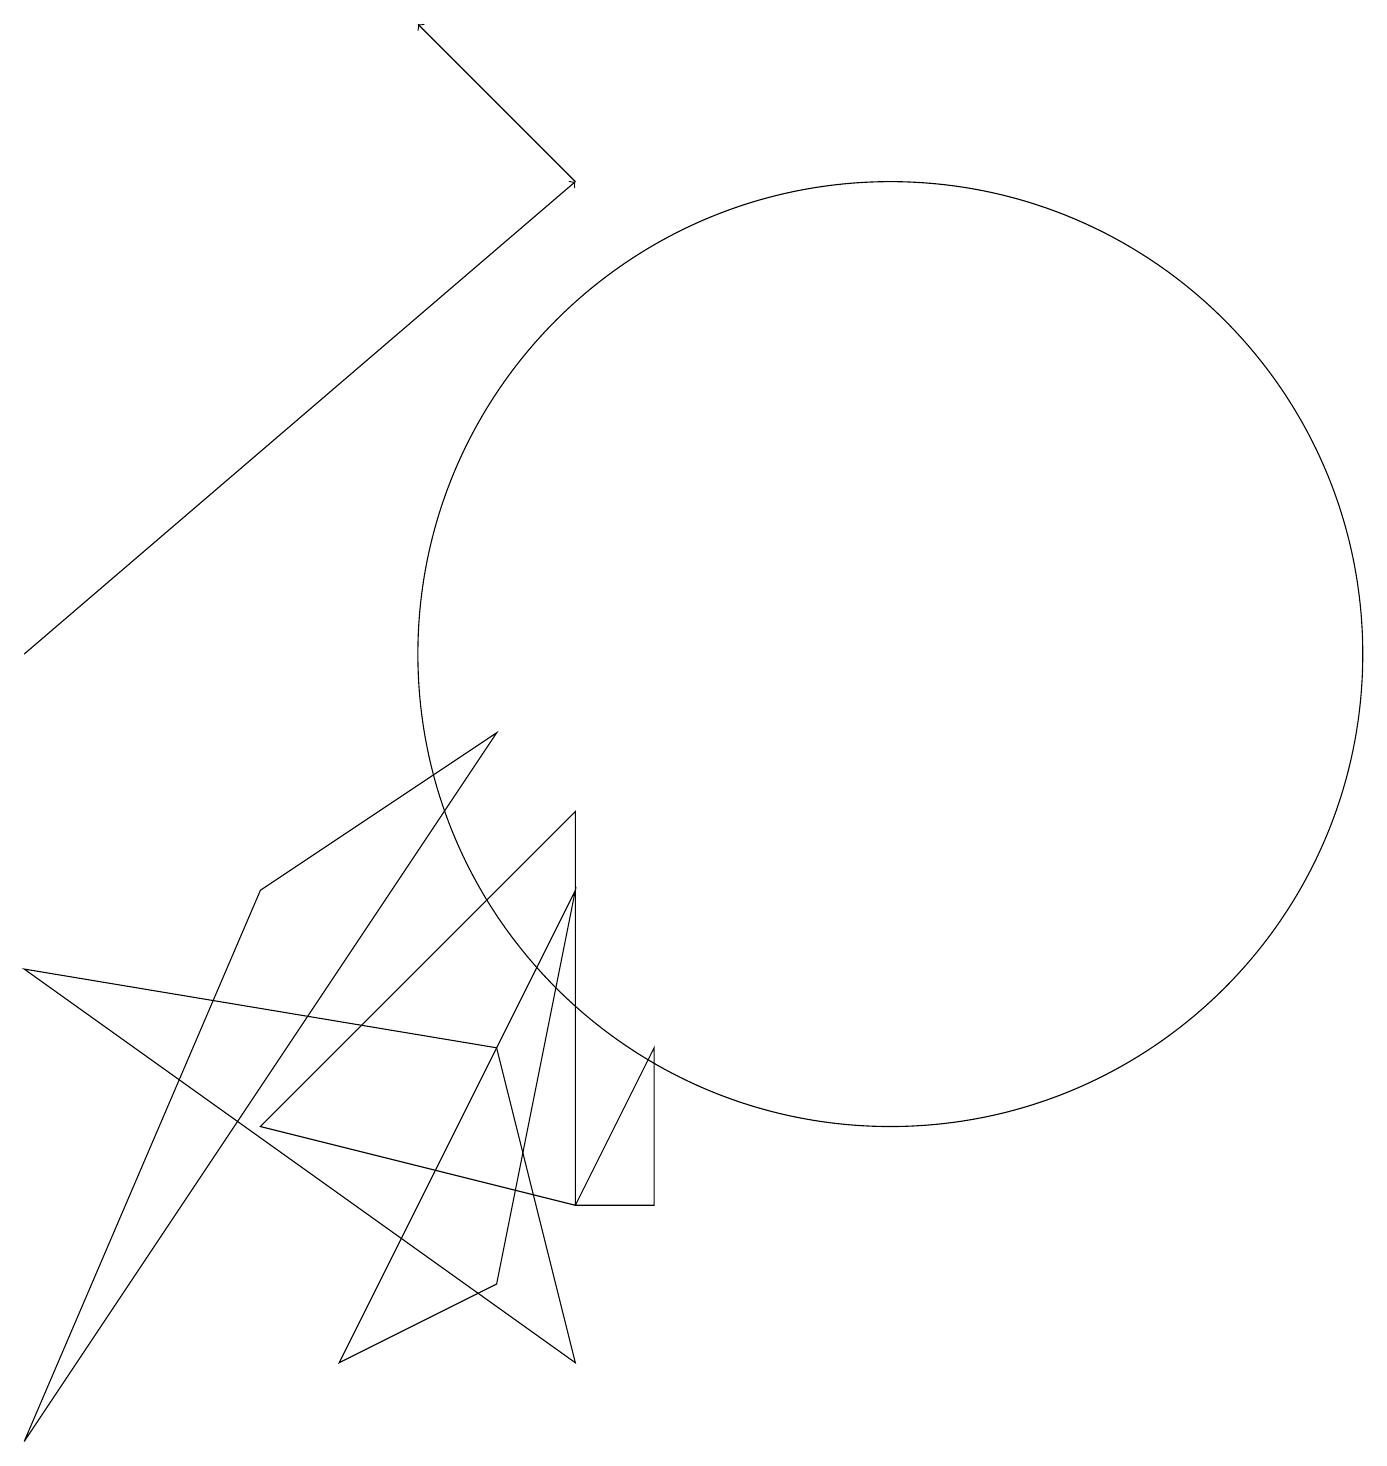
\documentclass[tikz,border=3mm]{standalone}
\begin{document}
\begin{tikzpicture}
\draw[->] (0,10) -- (7,16);
\draw (3,7) -- (0,0) -- (6,9) -- cycle;
\draw (0,6) -- (7,1) -- (6,5) -- cycle;
\draw (7,3) -- (8,5) -- (8,3) -- cycle;
\draw (3,4) -- (7,8) -- (7,3) -- cycle;
\draw (6,2) -- (7,7) -- (4,1) -- cycle;
\draw[->] (7,16) -- (5,18);
\draw (11,10) circle (6);
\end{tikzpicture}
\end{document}